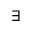
\exists